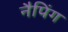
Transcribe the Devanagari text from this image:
नैपिंग